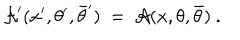
LaTeX: { \cal A } ^ { \prime } ( x ^ { \prime } , \theta ^ { \prime } , \bar { \theta } ^ { \prime } ) \ = \ { \cal A } ( x , \theta , \bar { \theta } ) \ .